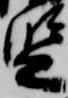
監